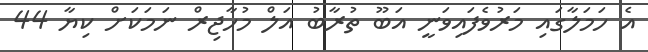
އެ ހަމަލާގައި މަރުވެފައިވަނީ އަބޫ ތުރާބު އަލް މުހާޖިރް ނަމަކަށް ކިޔާ 44